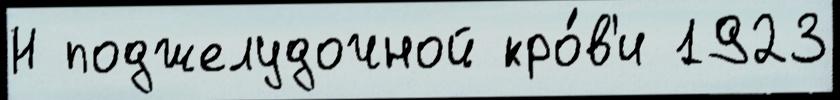
Н поджелудочной кро́в'и 1923